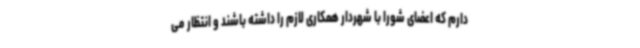
دارم که اعضای شورا با شهردار همکاری لازم را داشته باشند و انتظار می